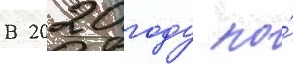
В 2020 году по́